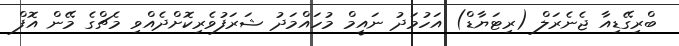
ބްރިގޭޑިއާ ޖެނެރަލް (ރިޓަޔާޑް) އަހުމަދު ނައީމް މުހައްމަދު ޝަރަފުވެރިކޮށްދެއްވި މެޗްގެ މޭން އޮފް